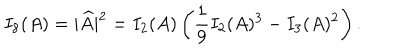
LaTeX: I _ { 8 } ( A ) = | \widehat { A } | ^ { 2 } = I _ { 2 } ( A ) \left( \frac { 1 } { 9 } I _ { 2 } ( A ) ^ { 3 } - I _ { 3 } ( A ) ^ { 2 } \right) .